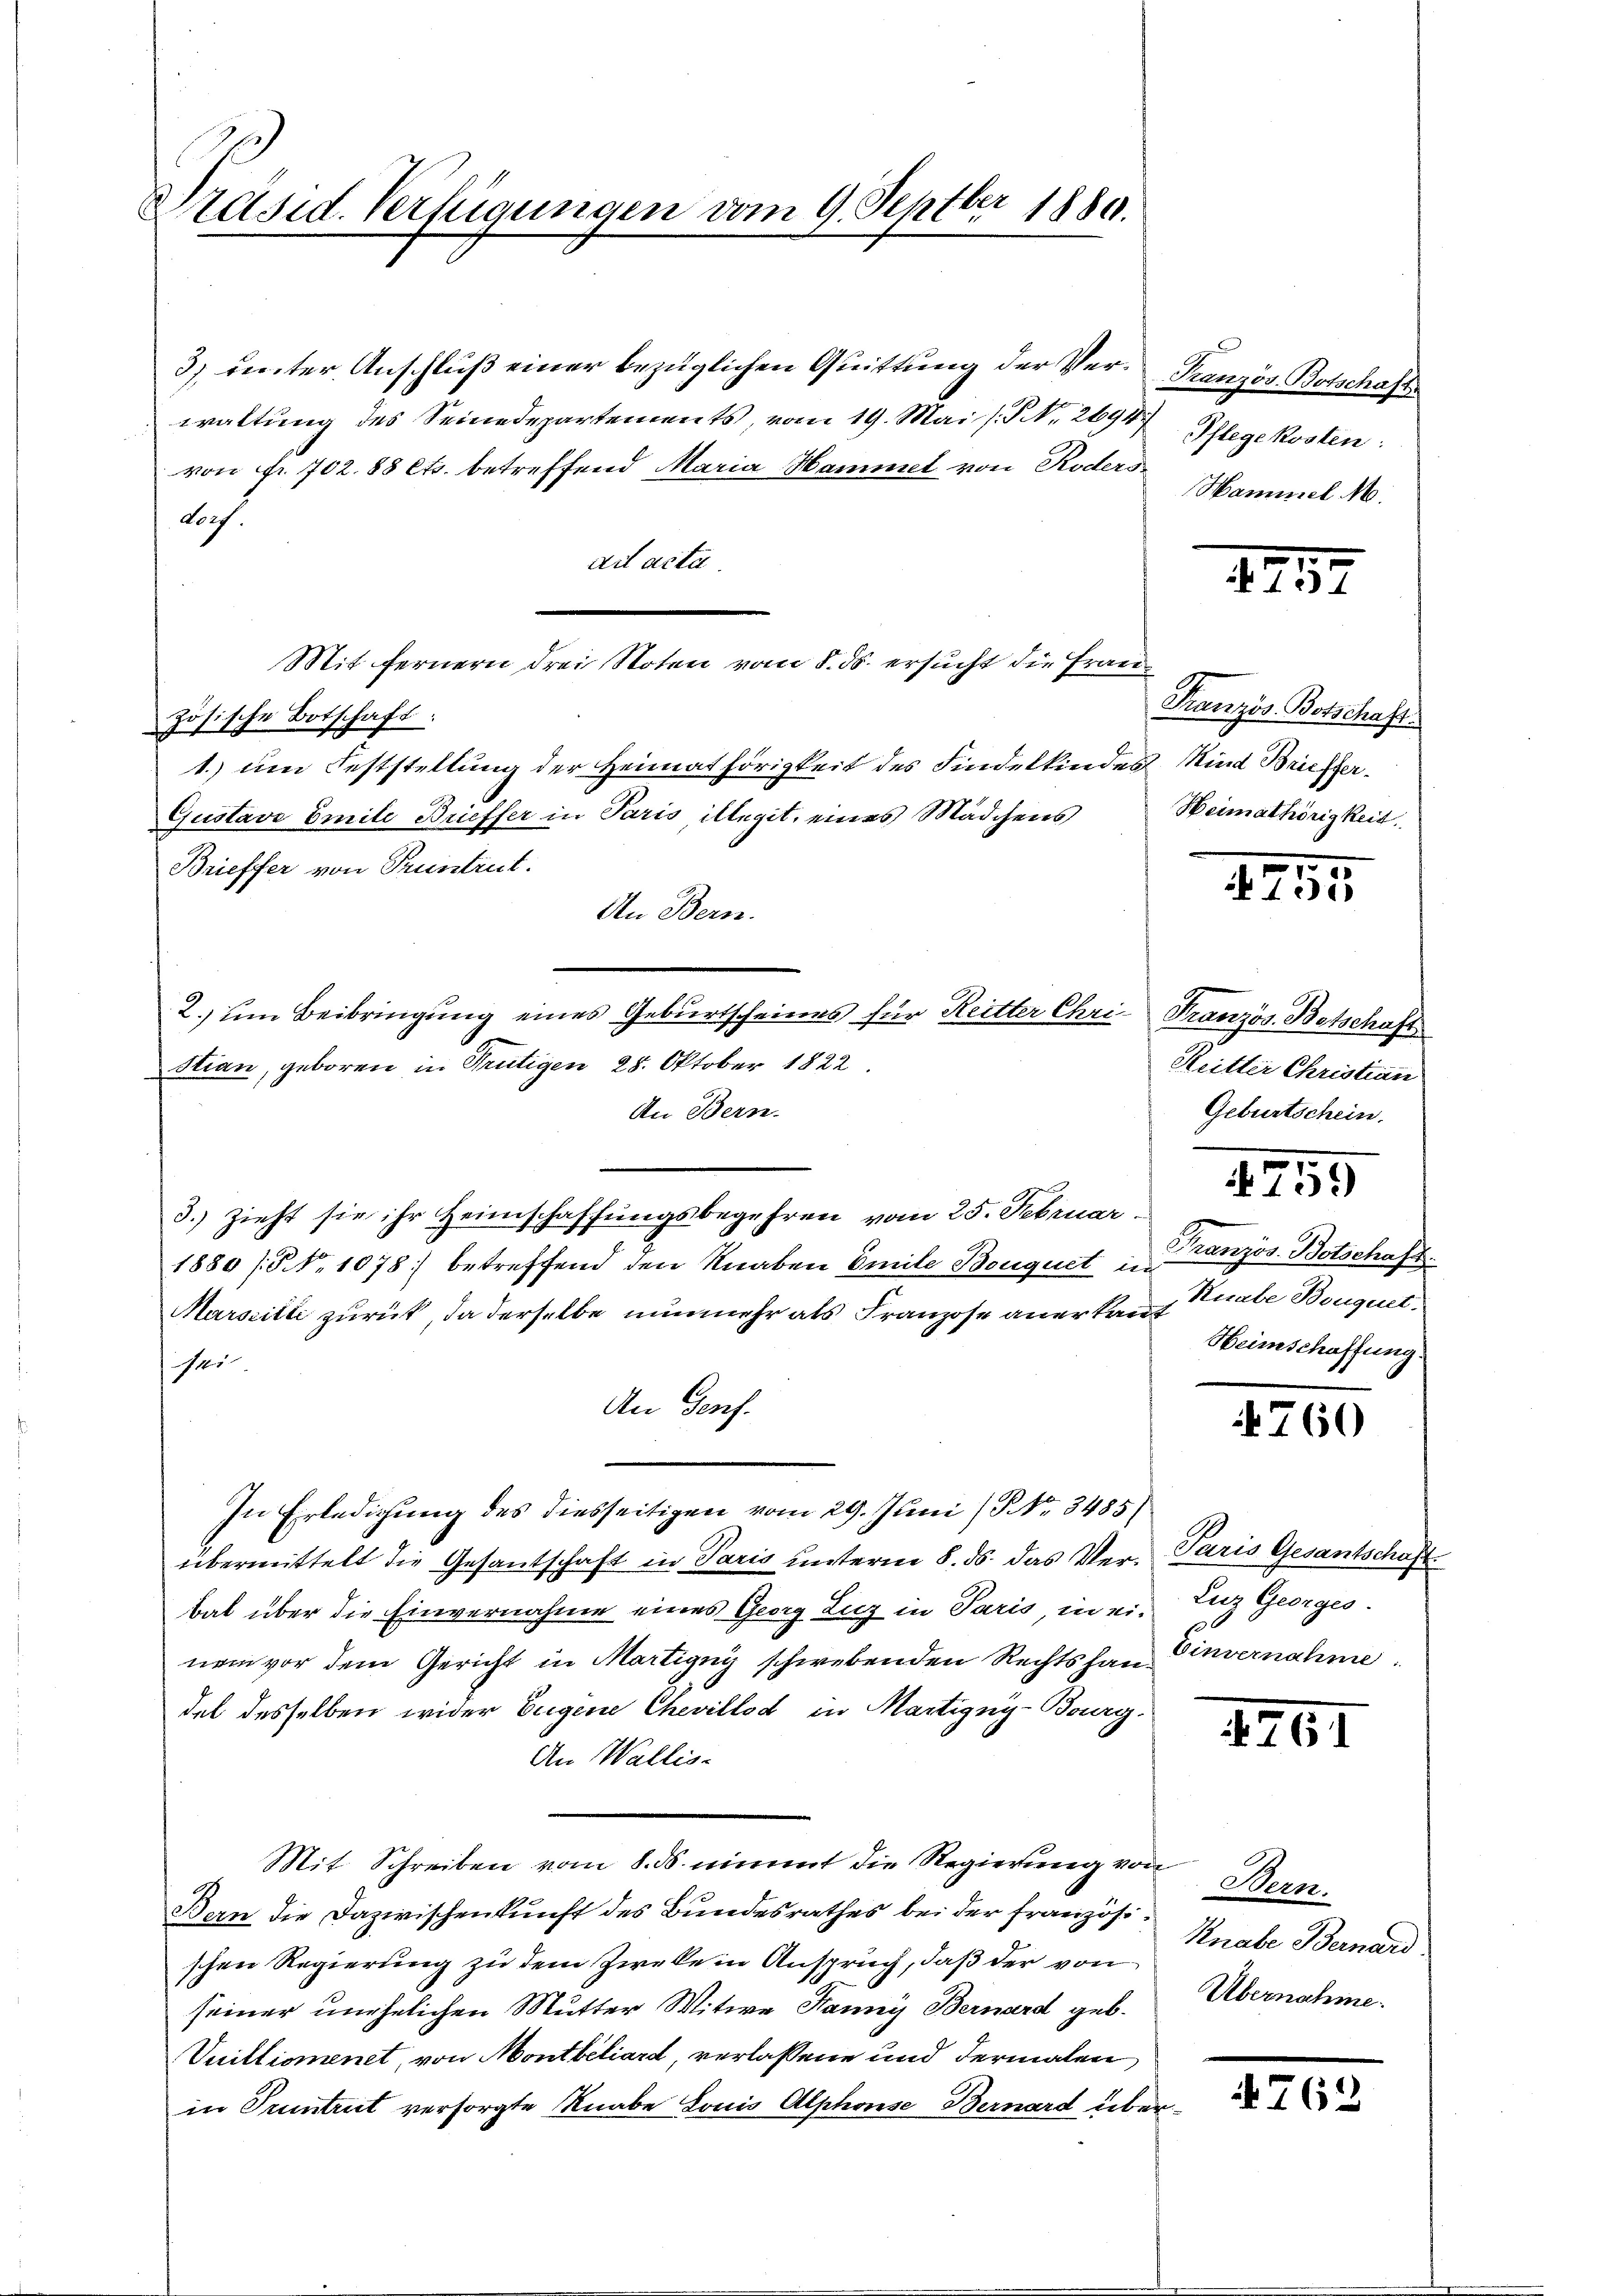
Präsid. Verfügungen vom 9. Septber 1889.

3) renter Anschluß einer bezüglichen Quittung der Ver-Tranzös. Botschaft
waltung des Seinedepartements, vom 19. Mai s. No. 2694.
von Fr. 702. 88 Cts. betreffend Maria Hammet von Roders
doch.
ail acta.
Mit fernern drei Noten vom 8. ds. ersucht die Französische Botschaft:
1. um Feststellung der Heimathörigkeit des Findelkindes Kind Brieffer
Gustavo Emile Brieffer in Paris illegit, eines Mädchens
Brieffer von Pruntrut.
An Bern.
2.) um Beibringung eines Geburtscheines für Reitter Chri Französ. Betschaft
Stian, geboren in Reutigen 28. Oktober 1822.
An Bern.
3.) Zieht sie ihr Heimschaffungsbegehren vom 25. Februar.
1880 / NNo. 1078 betreffend den Knaben Emile Bouquet in
Marseitli zurück, da derselbe nunmehr als Franzose anerkannt
sei
An Genf.
In Erledigung des diesseitigen vom 29. Juni / NNo. 3485)
übermittelt die Gesantschaft in Paris unterm 8. ds. das Verbal über die Einvernahme eines Georg Liz in Paris, in ein Luz Georges
nem vor dem Gericht in Martigny schwebenden Rechts han Einvernahme
del desselben wider Eugene Chevillod in Martigny-Burg.
An Wallis-
Mit Schreiben vom 8. ds. nimmt die Regierung von Bern.
Bern die Dazwischenkunft des Bundesrathes bei der Französischen Regierung zu dem Zweke in Anspruch, daß der von
seiner unehelichen Mutter Witwe Hannys Bernard geb.
Vuillionenet, von Montbiliard, verlassene und dermalen
in Truntrut versorgte Knabe Louis Alphonse Bernard über¬

Pflegekosten:
Hammel. M.

177

Französ. Botschaft
Heimathörigkeit.

175

Reitter Christian
Geburtschein.

1759

Französ. Botschaft.
Ruabe Bouquet.
Heimschaffung.

760

Paris Gesantschaft.

1761

Knabe Bernard.
Übernahme.

762